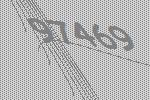
97469